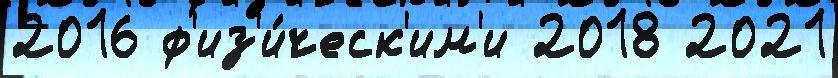
2016 ф'из'и́ческ'им'и 2018 2021